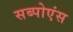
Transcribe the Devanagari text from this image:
सब्पोएंस